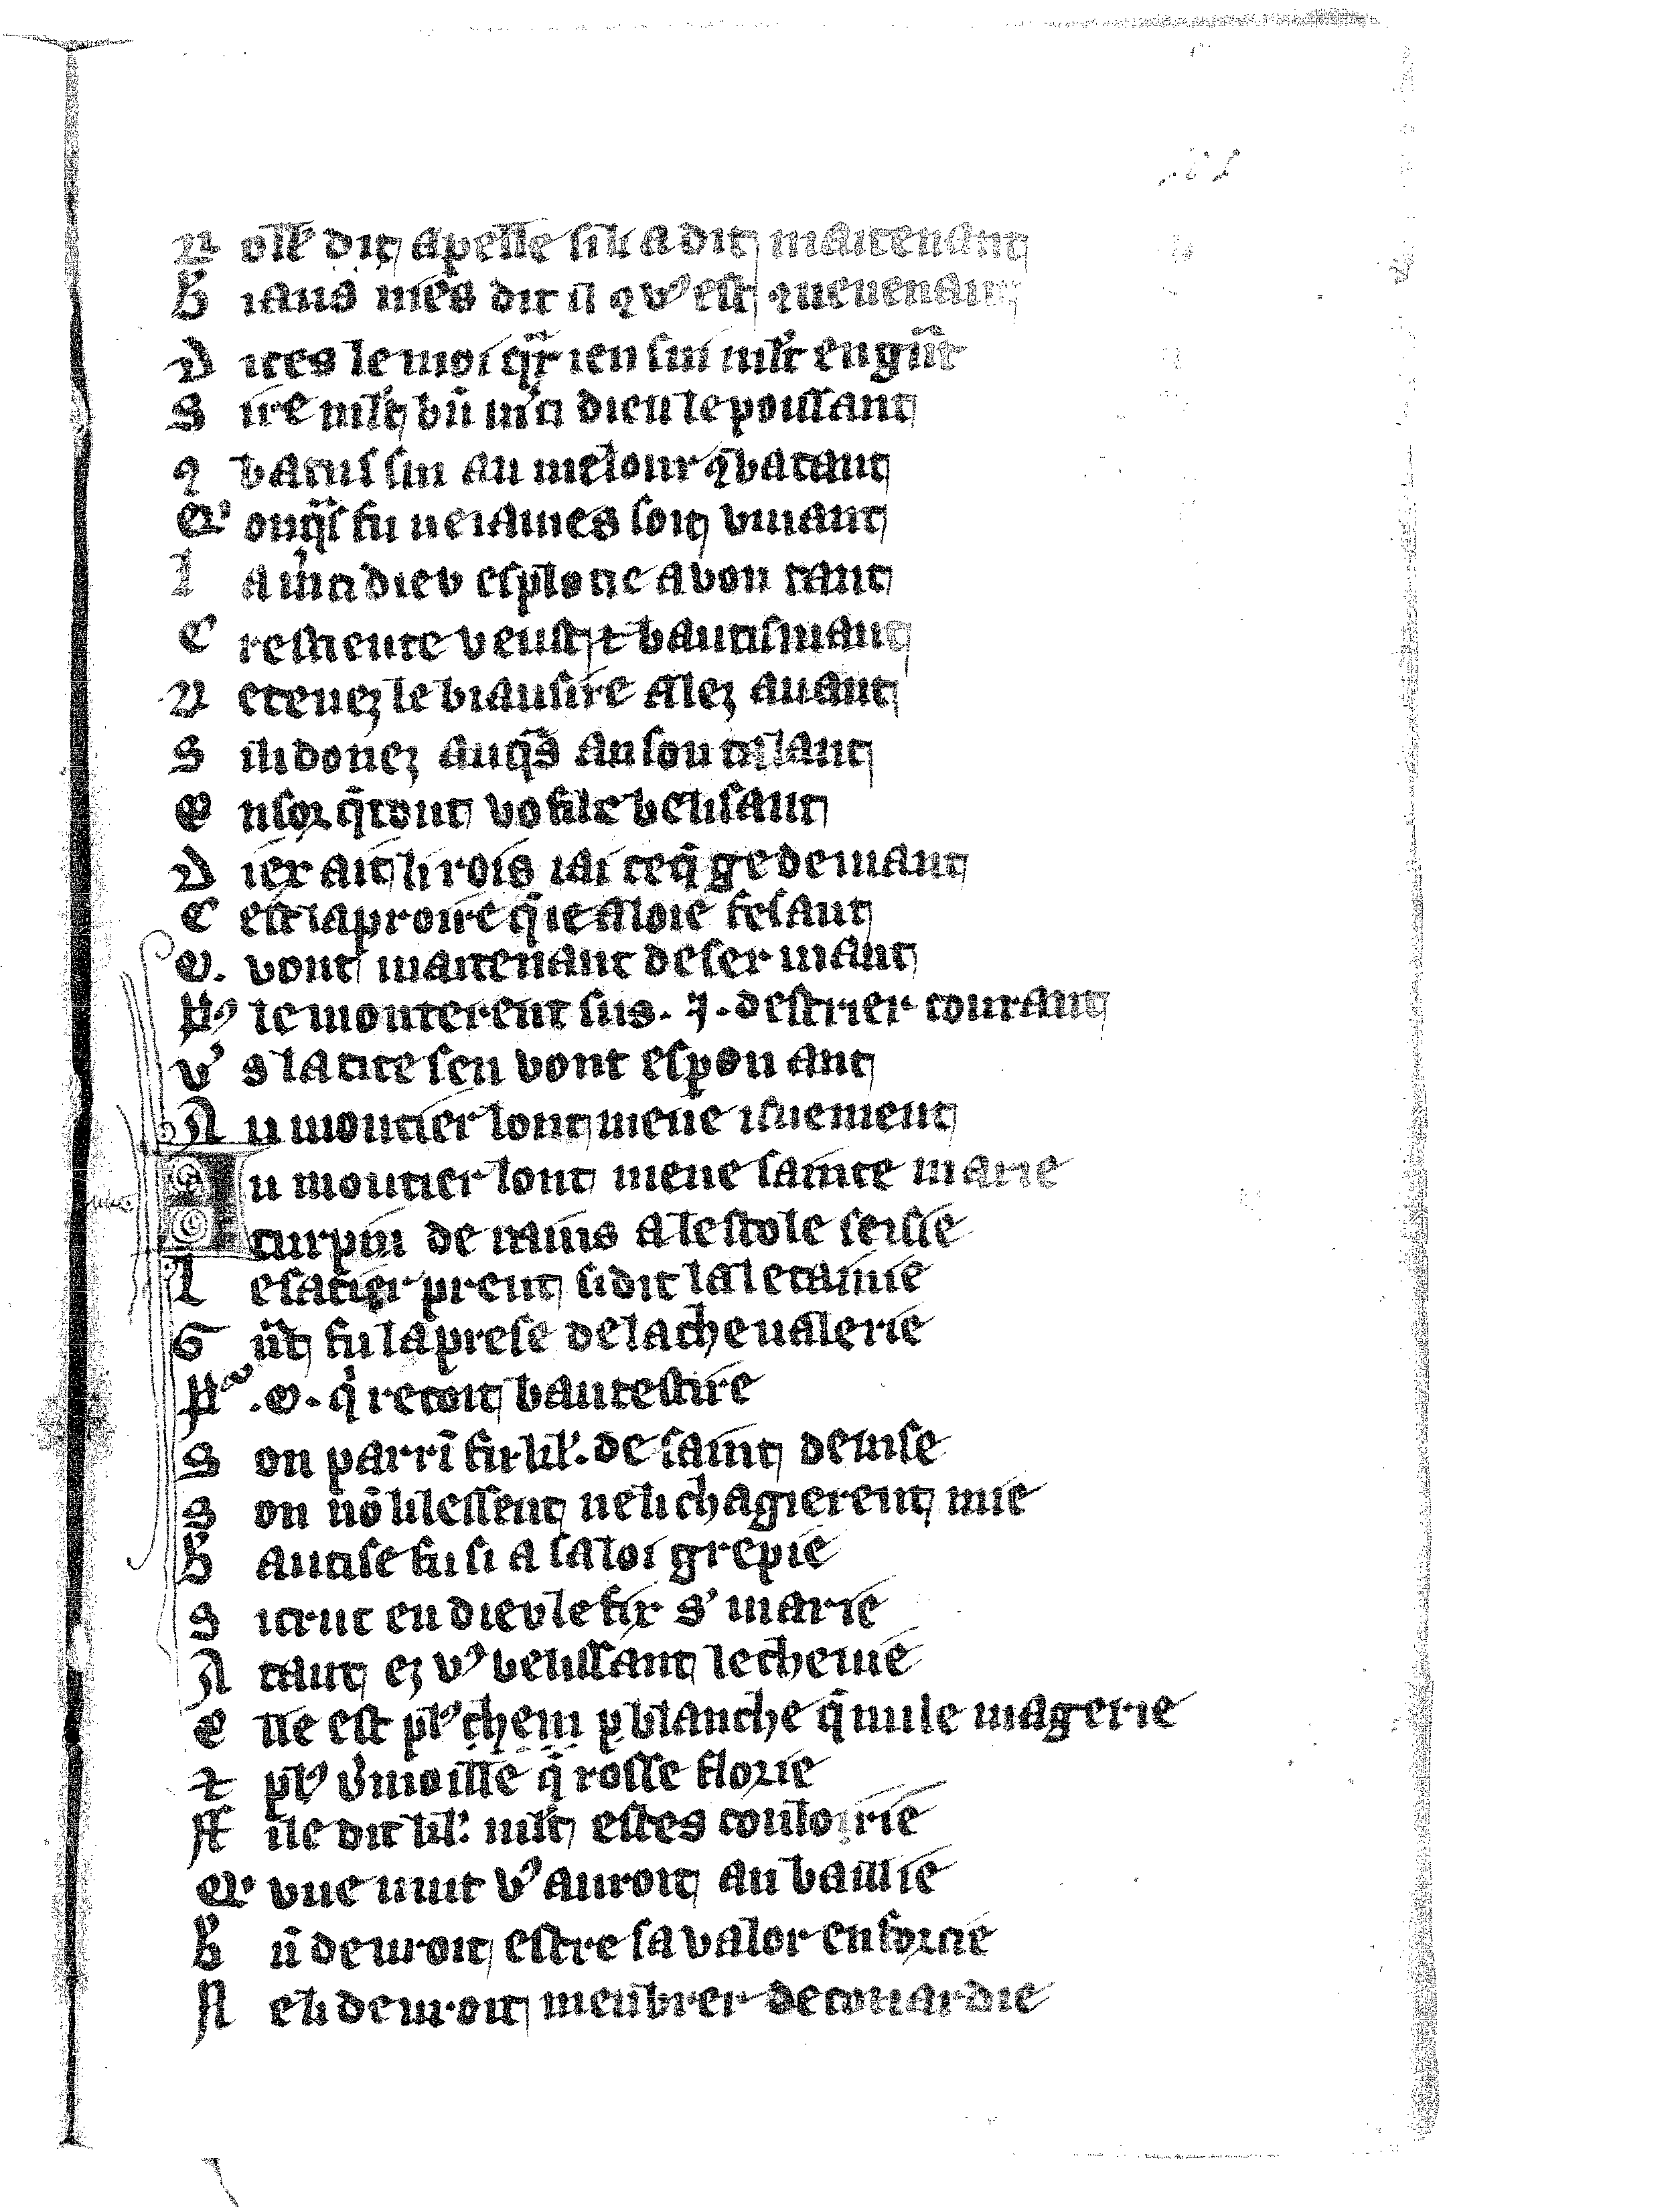
Shelfmark: Vatican, Biblioteca apostolica vaticana, Reg.lat. 1616
Century: 14